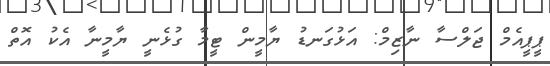
ޕީޕީއެމް ޖަލްސާ ނާޒިމް: އަޅުގަނޑު ޔާމީން ޓީމާ ގުޅެނީ ޔާމީނާ އެކު އޮތް